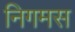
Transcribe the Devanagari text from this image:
निगमस